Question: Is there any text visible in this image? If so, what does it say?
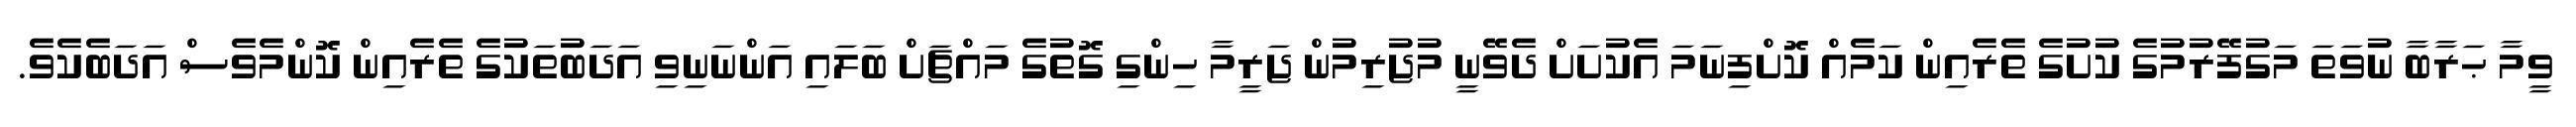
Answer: ވީމާ ޙަރާބާ ނުވަތަ މަގުފޭރުމުގެ ކުށުގެ ތެރެއިން ކަމެއް ކޮށްފިނަމަ އެކުށަށް ދެވޭނީ މުޖުރިމުން ޖަރީމާ ހިންގި ގޮތުގެ މައްޗަށް ބަލައި އަންނަނިވި އަދަބުތަކުގެ ތެރެއިން ކޮންމެވެސް އަދަބެކެވެ.